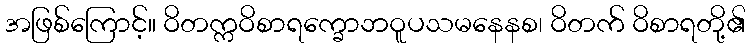
အဖြစ်ကြောင့်။ ဝိတက္ကဝိစာရက္ခောဘဝူပသမနေနစ၊ ဝိတက် ဝိစာရတို့၏